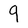
Character: 9